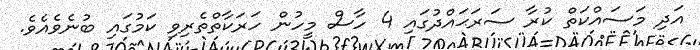
އަދި މަސައްކަތް ކުރާ ސަރަޙައްދުގައި 4 ހާސް މީހުން ހަރަކާތްތެރިވި ކަމުގައި ބުނެވެއެވެ.